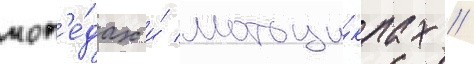
моп'е́дах и́ мотоци́клах //